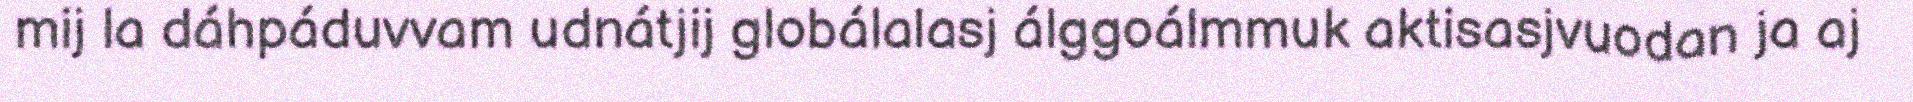
mij la dáhpáduvvam udnátjij globálalasj álggoálmmuk aktisasjvuodan ja aj